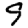
Digit: 9